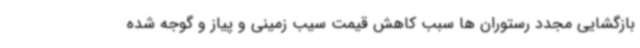
بازگشایی مجدد رستوران ها سبب کاهش قیمت سیب زمینی و پیاز و گوجه شده